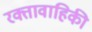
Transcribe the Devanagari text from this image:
रक्तावाहिकी